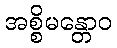
အစ္စိမန္တောဝ